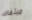
مبتغاك